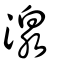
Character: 湶